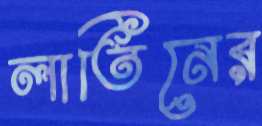
লাতিনের